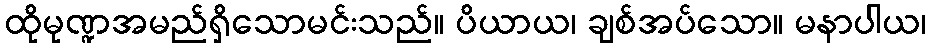
ထိုမုဏ္ဍအမည်ရှိသောမင်းသည်။ ပိယာယ၊ ချစ်အပ်သော။ မနာပါယ၊